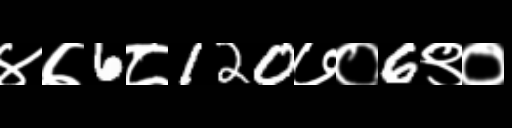
Text: ४७6८120७०6९०